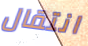
انتقال